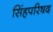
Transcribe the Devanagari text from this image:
सिंहपरिषद